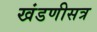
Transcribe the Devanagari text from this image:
खंडणीसत्र